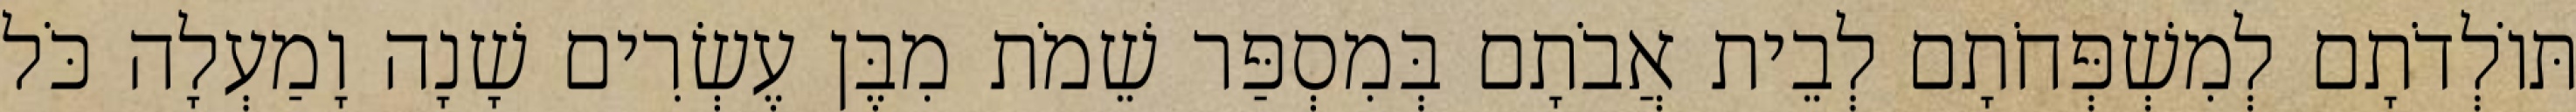
תּוֹלְדֹתָם לְמִשְׁפְּחֹתָם לְבֵית אֲבֹתָם בְּמִסְפַּר שֵׁמֹת מִבֶּן עֶשְׂרִים שָׁנָה וָמַעְלָה כֹּל